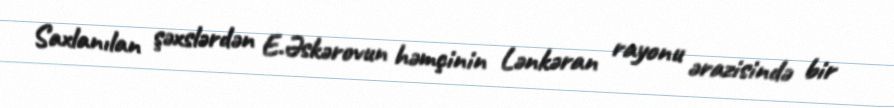
Saxlanılan şəxslərdən E.Əskərovun həmçinin Lənkəran rayonu ərazisində bir